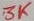
Text: 3K